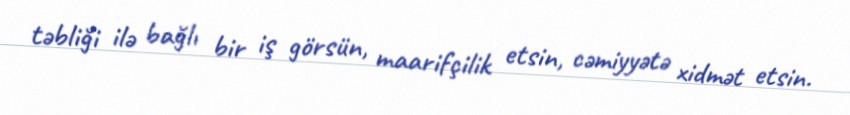
təbliği ilə bağlı bir iş görsün, maarifçilik etsin, cəmiyyətə xidmət etsin.